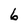
Character: 6